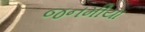
જનમીયા